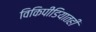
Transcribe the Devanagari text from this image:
विकिपीडियातही